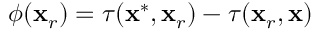
\phi ( \mathbf { x } _ { r } ) = \tau ( \mathbf { x } ^ { * } , \mathbf { x } _ { r } ) - \tau ( \mathbf { x } _ { r } , \mathbf { x } )